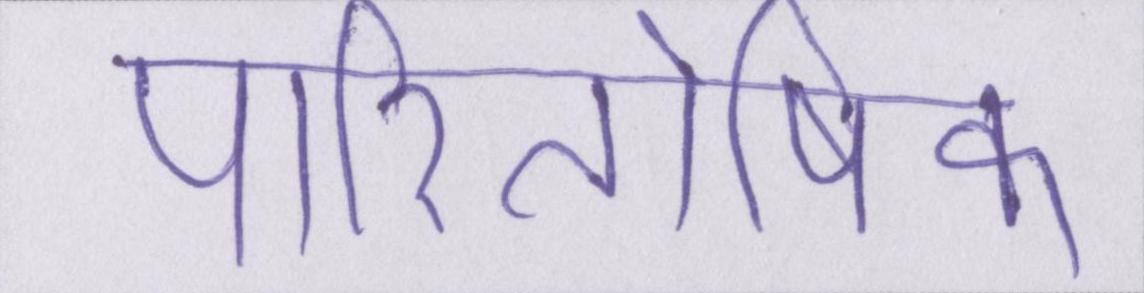
पारितोषिक